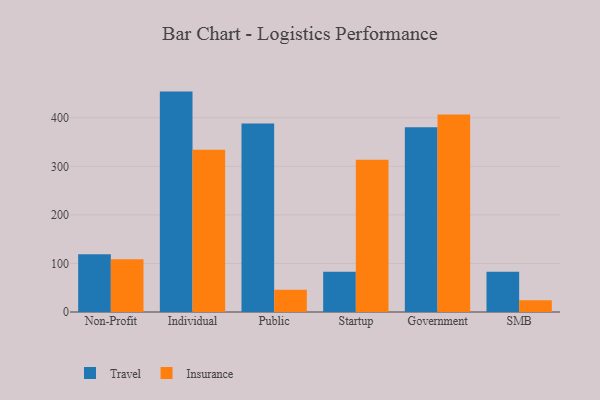
{"axis": {"x": "Segment", "y": "Revenue (USD Million)"}, "legend": ["Insurance", "Travel"], "data": [{"x": "Non-Profit", "y": 118.7, "type": "Travel"}, {"x": "Non-Profit", "y": 108.7, "type": "Insurance"}, {"x": "Individual", "y": 453.9, "type": "Travel"}, {"x": "Individual", "y": 334.1, "type": "Insurance"}, {"x": "Public", "y": 388.0, "type": "Travel"}, {"x": "Public", "y": 45.7, "type": "Insurance"}, {"x": "Startup", "y": 82.9, "type": "Travel"}, {"x": "Startup", "y": 313.8, "type": "Insurance"}, {"x": "Government", "y": 380.3, "type": "Travel"}, {"x": "Government", "y": 406.9, "type": "Insurance"}, {"x": "SMB", "y": 82.8, "type": "Travel"}, {"x": "SMB", "y": 24.0, "type": "Insurance"}]}